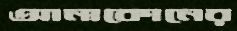
আনাকোনের